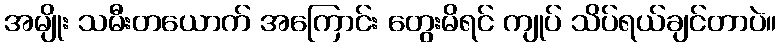
အမျိုး သမီးတယောက် အကြောင်း တွေးမိရင် ကျုပ် သိပ်ရယ်ချင်တာပဲ။